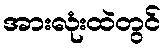
အားလုံးထဲတွင်